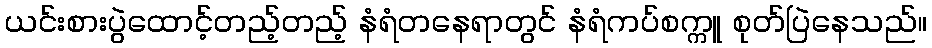
ယင်းစားပွဲထောင့်တည့်တည့် နံရံတနေရာတွင် နံရံကပ်စက္ကူ စုတ်ပြဲနေသည်။